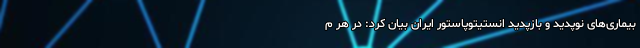
بیماری‌های نوپدید و بازپدید انستیتوپاستور ایران بیان کرد: در هر م